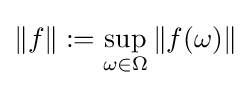
\|f\|:=\sup _{\omega \in \Omega }\|f(\omega )\|